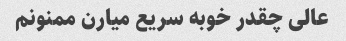
عالی چقدر خوبه سریع میارن ممنونم